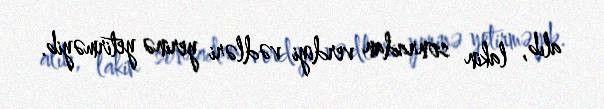
alıb, lakin sonradan verdiyi vədləri yerinə yetirməyib.